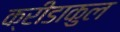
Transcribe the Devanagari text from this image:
क्रीडाकुल